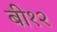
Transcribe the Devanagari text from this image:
बी१२